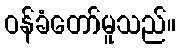
ဝန်ခံတော်မူသည်။